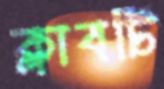
ক্লাবটি